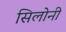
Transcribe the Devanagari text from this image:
सिलोनी